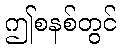
ဤစနစ်တွင်